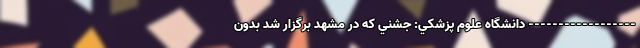
------------------ دانشگاه علوم پزشکي: جشني که در مشهد برگزار شد بدون